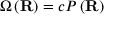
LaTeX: \Omega \left( \mathbf { R } \right) = c P \left( \mathbf { R } \right)